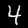
Digit: 4